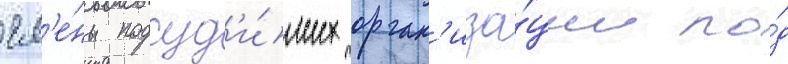
чл'е́ны подсуд'и́мых орган'иза́ции по́д